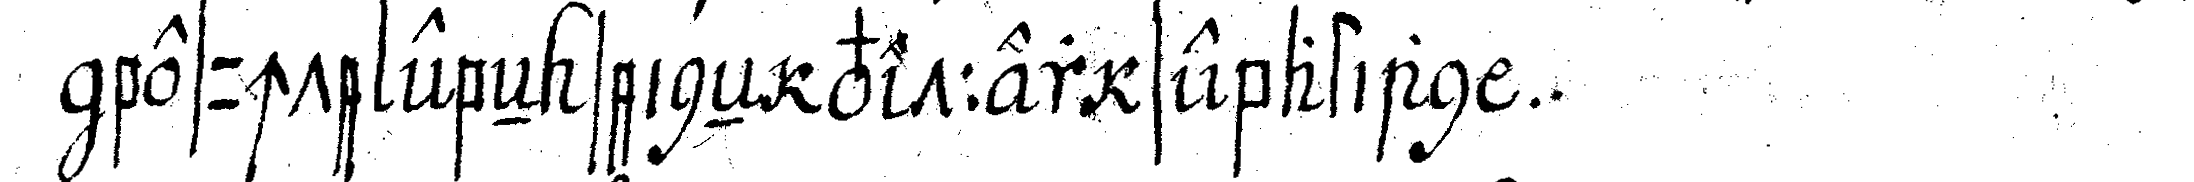
besuchte ebeN seineN vetter sebastian .